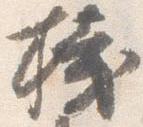
桟